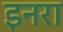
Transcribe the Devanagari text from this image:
इनरा